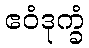
ဧဝံဒုက္ခံ